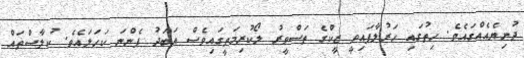
ދުނިޔެއެއްގައެވެ. ހިތުގައި ހަރުލާފައިވީ ޒީކްގެ ތަސްވީރު ލޯކުރިމަތީގައިވެސް އަބަދު ފެންނަ ކަހަލައެވެ. ކުލާސްތައް